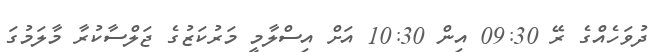
ދުވަހެއްގެ ރޭ 09:30 އިން 10:30 އަށް އިސްލާމީ މަރުކަޒުގެ ޖަލްސާކުރާ މާލަމުގަ